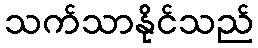
သက်သာနိုင်သည်